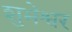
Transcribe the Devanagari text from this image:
शुभेश्वर